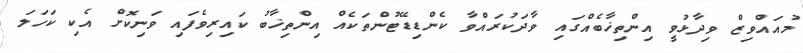
މުއައްވިޒް ވިދާޅުވީ އިންތިޚާބެއްގައި ވާދަކުރައްވާ ކެންޑިޑޭޓުންތަކެއް އިންތިޚާބު ކައިރިވެފައި ވަނިކޮށް އެކި ކަހަލަ